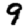
Digit: 9